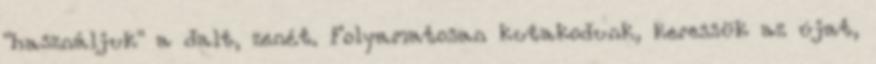
"használjuk" a dalt, zenét. Folyamatosan kutakodunk, keressük az újat,